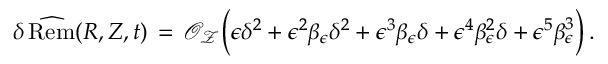
\delta \, \widehat \mathrm { R e m } ( R , Z , t ) \, = \, \mathcal { O } _ { \mathcal { Z } } \Bigl ( \epsilon \delta ^ { 2 } + \epsilon ^ { 2 } \beta _ { \epsilon } \delta ^ { 2 } + \epsilon ^ { 3 } \beta _ { \epsilon } \delta + \epsilon ^ { 4 } \beta _ { \epsilon } ^ { 2 } \delta + \epsilon ^ { 5 } \beta _ { \epsilon } ^ { 3 } \Bigr ) \, .